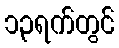
၁၃ရက်တွင်